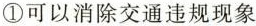
①可以消除交通违规现象